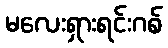
မလေးရှားရင်းဂစ်